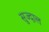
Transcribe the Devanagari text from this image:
सुज्दाल